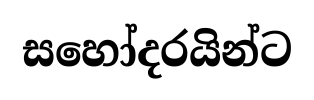
සහෝදරයින්ට